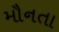
મૌનતા